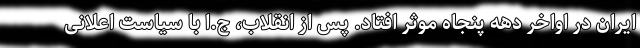
ایران در اواخر دهه پنجاه موثر افتاد. پس از انقلاب، ج.ا با سیاست اعلانی